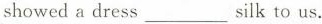
showed a dress___silk to us.